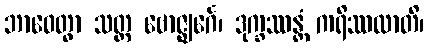
ဘာဝေတွာ သတ္တ ဗောဇ္ဈင်္ဂေ၊ ဒုက္ခဿန္တံ ကရိဿထာတိ၊